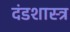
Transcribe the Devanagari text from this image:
दंडशास्त्र